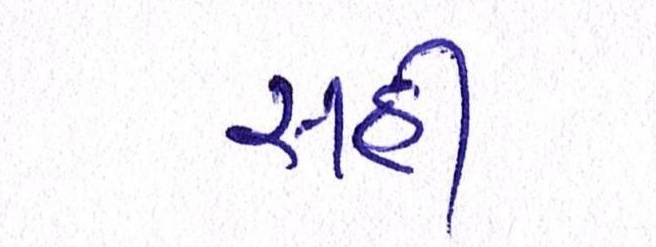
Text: સહી